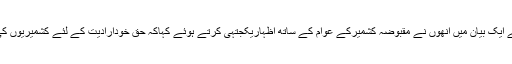
نئے سال کے موقع پر اپنے ایک بیان میں انھوں نے مقبوضہ کشمیرکے عوام کے ساتھ اظہاریکجتہی کرتے ہوئے کہاکہ حق خودارادیت کے لئے کشمیریوں کی جدوجہد جاری رہے گی۔